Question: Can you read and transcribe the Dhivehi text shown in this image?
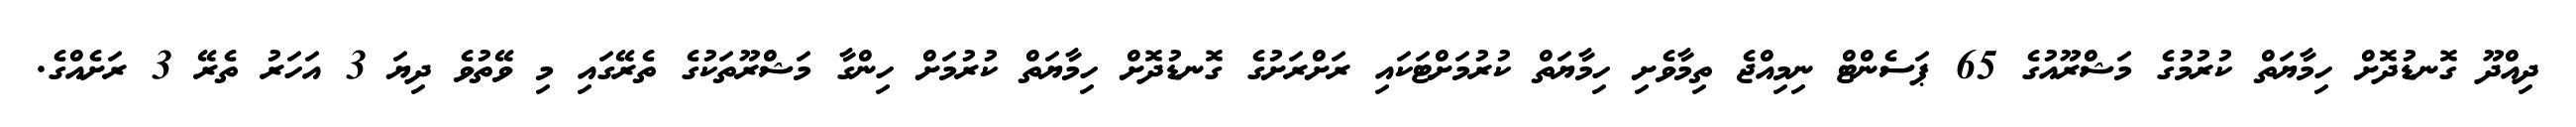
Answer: ދިއްދޫ ގޮނޑުދޮށް ހިމާޔަތް ކުރުމުގެ މަޝްރޫއުގެ 65 ޕަސެންޓް ނިމިއްޖެ ތިމާވެށި ހިމާޔަތް ކުރުމަށްޓަކައި ރަށްރަށުގެ ގޮނޑުދޮށް ހިމާޔަތް ކުރުމަށް ހިންގާ މަޝްރޫތަކުގެ ތެރޭގައި މި ވޭތުވެ ދިޔަ 3 އަހަރު ތެރޭ 3 ރަށެއްގެ.